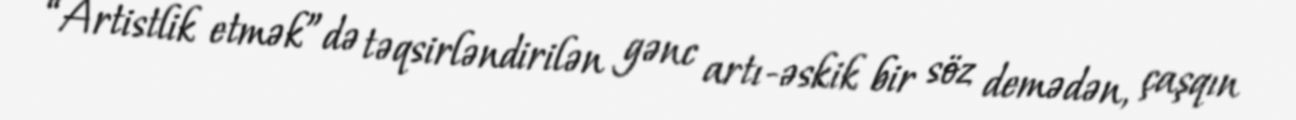
“Artistlik etmək”də təqsirləndirilən gənc artı-əskik bir söz demədən, çaşqın